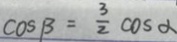
\cos \beta = \frac { 3 } { 2 } \cos \alpha